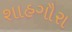
શાહગૌરા